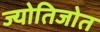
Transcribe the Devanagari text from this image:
ज्योतिजोत